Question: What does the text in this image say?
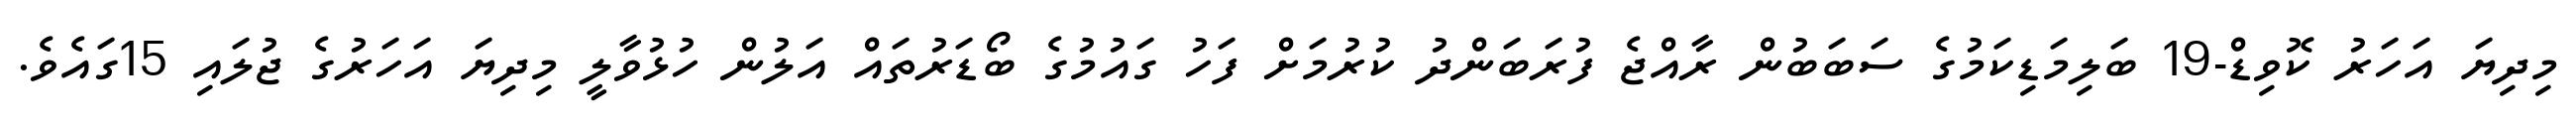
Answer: މިދިޔަ އަހަރު ކޮވިޑް-19 ބަލިމަޑިކަމުގެ ސަބަބުން ރާއްޖެ ފުރަބަންދު ކުރުމަށް ފަހު ގައުމުގެ ބޯޑަރުތައް އަލުން ހުޅުވާލީ މިދިޔަ އަހަރުގެ ޖުލައި 15ގައެވެ.